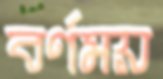
বর্ণময়